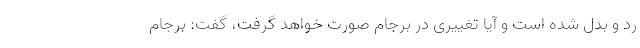
رد و بدل شده است و آیا تغییری در برجام صورت خواهد گرفت، گفت: برجام